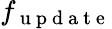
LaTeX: f_{\mathrm{~u~p~d~a~t~e~}}